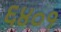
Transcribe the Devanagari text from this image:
६४०१